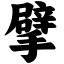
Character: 擘